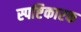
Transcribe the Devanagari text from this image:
स्पष्टिकारक